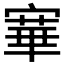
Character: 𡪤